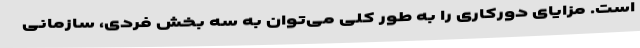
است. مزایای دورکاری را به طور کلی می‌توان به سه بخش فردی، سازمانی